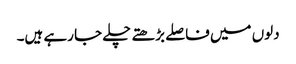
دلوں میں فاصلے بڑھتے چلے جا رہے ہیں۔